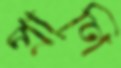
প্রাণি